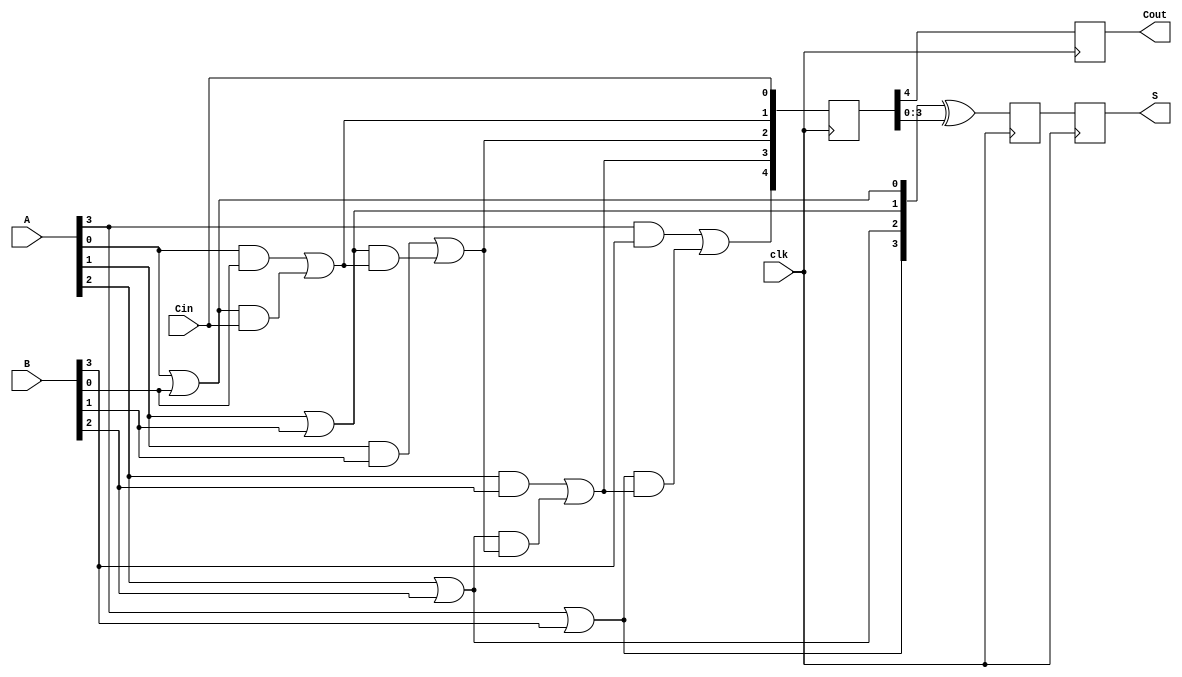
module PipelinedCLA #(parameter N = 4) (
    input wire clk,
    input wire [N-1:0] A,
    input wire [N-1:0] B,
    input wire Cin,
    output reg [N-1:0] S,
    output reg Cout
);
    // Intermediate signals
    wire [N-1:0] G; // Generate signals
    wire [N-1:0] P; // Propagate signals
    wire [N:0] C;   // Carry signals

    // Carry generation logic
    generate
        genvar i;
        for (i = 0; i < N; i = i + 1) begin : carry_logic
            assign G[i] = A[i] & B[i]; // Generate
            assign P[i] = A[i] | B[i]; // Propagate
        end
    endgenerate

    // Carry calculation
    assign C[0] = Cin; // Initial carry
    generate
        for (i = 0; i < N; i = i + 1) begin : carry_calculation
            if (i == 0) begin
                assign C[1] = G[0] | (P[0] & C[0]);
            end else begin
                assign C[i + 1] = G[i] | (P[i] & C[i]);
            end
        end
    endgenerate

    // Pipelined registers for carry and sum
    reg [N:0] C_reg; // Register for carry
    reg [N-1:0] S_reg; // Register for sum

    // Pipelining stage
    always @(posedge clk) begin
        C_reg <= C; // Store carry in register
        // Sum calculation
        S_reg <= (P ^ C_reg[N-1:0]); // Calculate sum with current carry
    end

    // Output assignments
    always @(posedge clk) begin
        S <= S_reg; // Output sum
        Cout <= C_reg[N]; // Output carry out
    end

endmodule